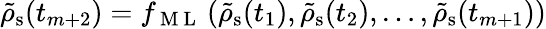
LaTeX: \tilde{\rho}_{\mathrm{s}}(t_{m+2})=f_{\mathrm{~M~L~}}\left(\tilde{\rho}_{\mathrm{s}}(t_{1}),\tilde{\rho}_{\mathrm{s}}(t_{2}),\dots,\tilde{\rho}_{\mathrm{s}}(t_{m+1})\right)